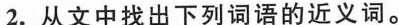
2.从文中找出下列词语的近义词。